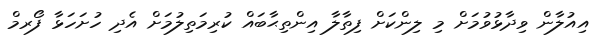
އިއުލާން ވިދާޅުވުމަށް މި ލިންކަށް ފިތާލާ އިންތިޙާބައް ކުރިމަތިލުމަށް އެދި ހުށަހަޅާ ފޯރމް